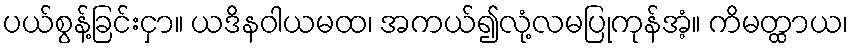
ပယ်စွန့်ခြင်းငှာ။ ယဒိနဝါယမထ၊ အကယ်၍လုံ့လမပြုကုန်အံ့။ ကိမတ္ထာယ၊